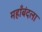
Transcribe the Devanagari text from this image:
महाँबंदला